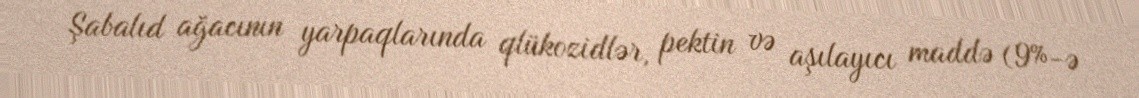
Şabalıd ağacının yarpaqlarında qlükozidlər, pektin və aşılayıcı maddə (9%-ə